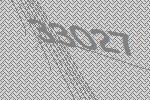
33027